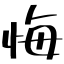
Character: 悔